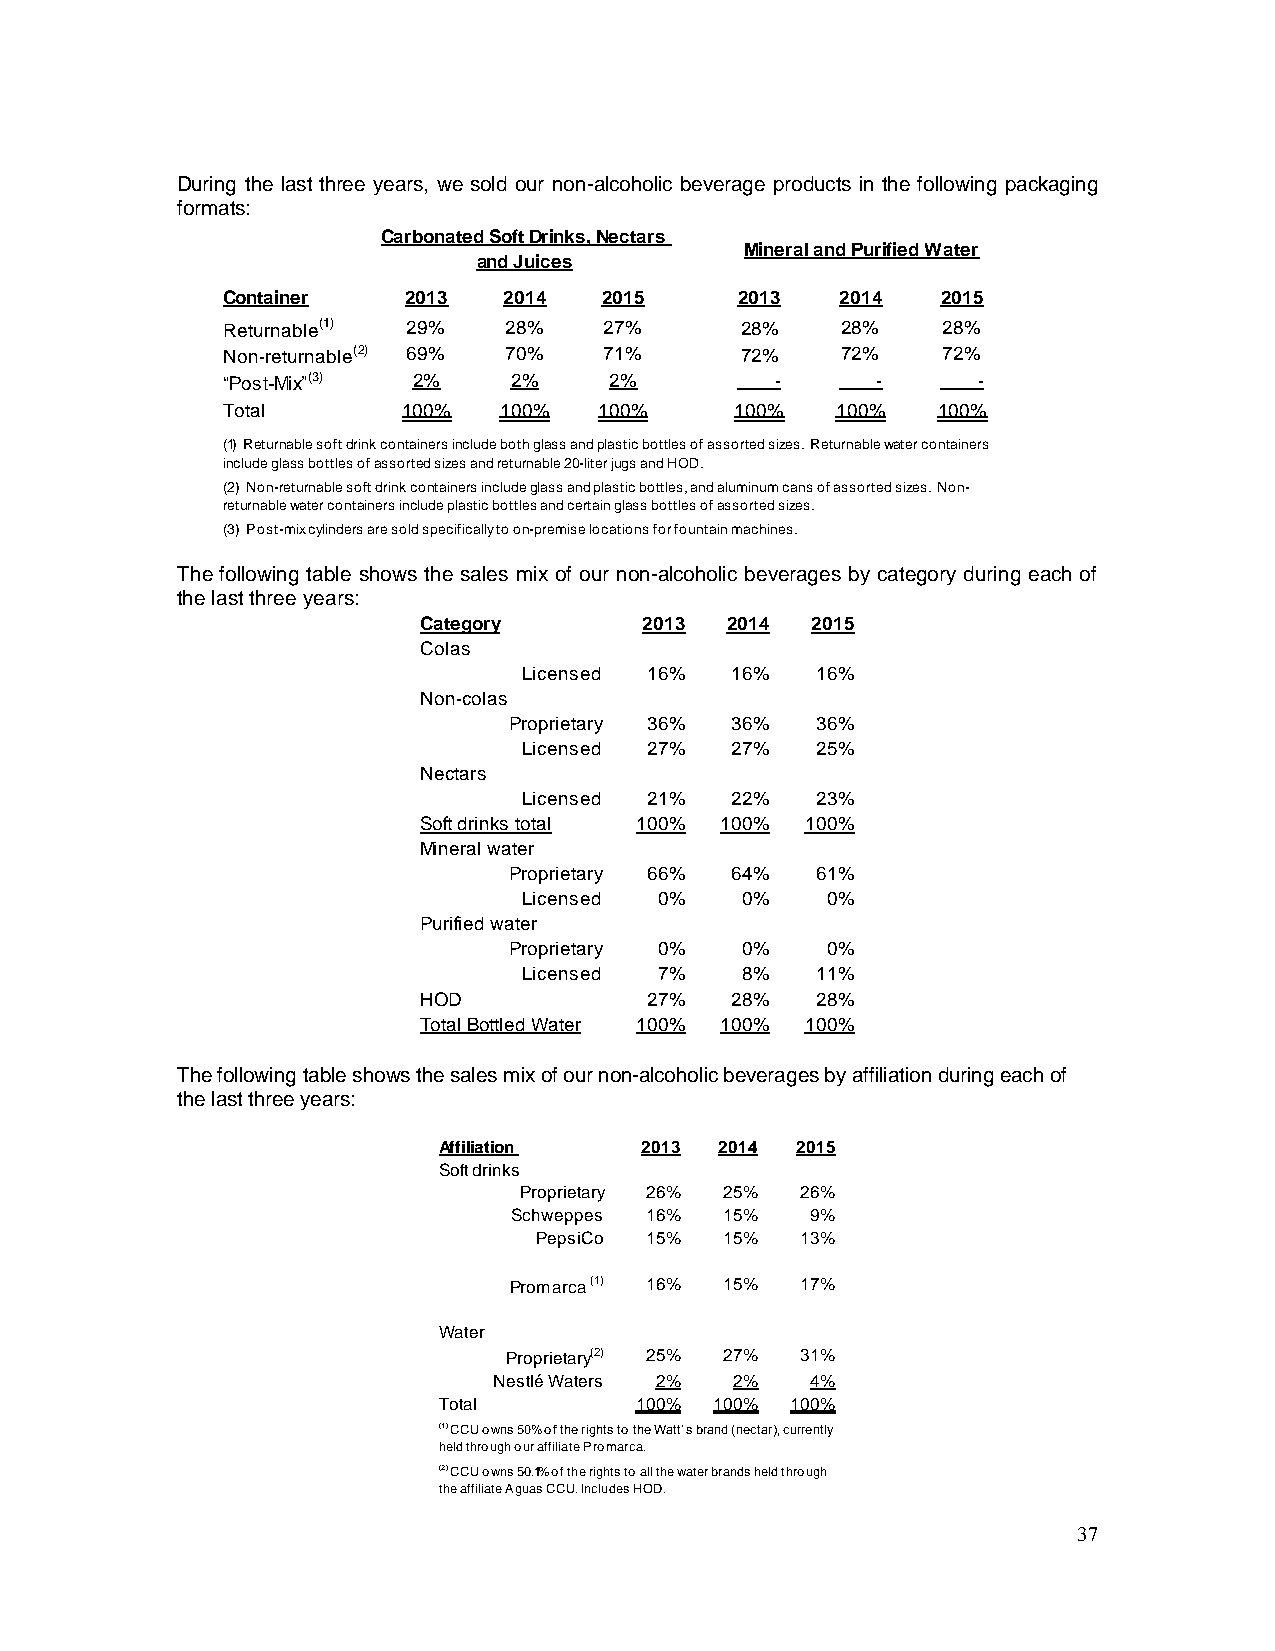
During the last three years, we sold our non-alcoholic beverage products in the following packaging
 formats:
 Carbonated Soft Drinks, Nectars
 Mineral and Purified Water
 and Juices
 Container   2013  2014   2015     2013   2014  2015
 Returnable(1) 29% 28%    27%      28%    28%   28%
 Non-returnable(2) 69% 70% 71%     72%    72%   72%
 “Post-Mix”(3) 2%   2%    2%         -      -      -
 Total       100%  100%   100%     100%  100%   100%
 (1) Returnable soft drink containers include both glass and plastic bottles of assorted sizes. Returnable water containers
 include glass bottles of assorted sizes and returnable 20-liter jugs and HOD.
 (2) Non-returnable soft drink containers include glass and plastic bottles, and aluminum cans of assorted sizes. Non-
 returnable water containers include plastic bottles and certain glass bottles of assorted sizes.
 (3) Post-mix cylinders are sold specifically to on-premise locations for fountain machines.
 The following table shows the sales mix of our non-alcoholic beverages by category during each of
 the last three years:
 Category       2013 2014  2015
 Colas
 Licensed 16% 16%   16%
 Non-colas
 Proprietary 36% 36% 36%
 Licensed 27% 27%   25%
 Nectars
 Licensed 21% 22%   23%
 Soft drinks total 100% 100% 100%
 Mineral water
 Proprietary 66% 64% 61%
 Licensed 0%   0%    0%
 Purified water
 Proprietary 0% 0%    0%
 Licensed 7%   8%   11%
 HOD            27%  28%   28%
 Total Bottled Water 100% 100% 100%
 The following table shows the sales mix of our non-alcoholic beverages by affiliation during each of
 the last three years:
 Affiliation  2013  2014 2015
 Soft drinks
 Proprietary 26% 25% 26%
 Schweppes 16% 15%   9%
 PepsiCo 15%  15%  13%
 Promarca (1) 16% 15% 17%
 Water
 Proprietary(2) 25% 27% 31%
 Nestlé Waters 2% 2%  4%
 Total        100% 100% 100%
 (1) CCU owns 50% of the rights to the Watt’s brand (nectar), currently
 held through our affiliate Promarca.
 (2) CCU owns 50.1% of the rights to all the water brands held through
 the affiliate Aguas CCU. Includes HOD.
 37